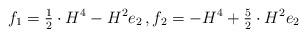
LaTeX: \begin{align*}f_1 = \tfrac{1}{2}\cdot H^4 - H^2 e_2\, ,f_2 = -H^4 + \tfrac{5}{2}\cdot H^2 e_2\end{align*}